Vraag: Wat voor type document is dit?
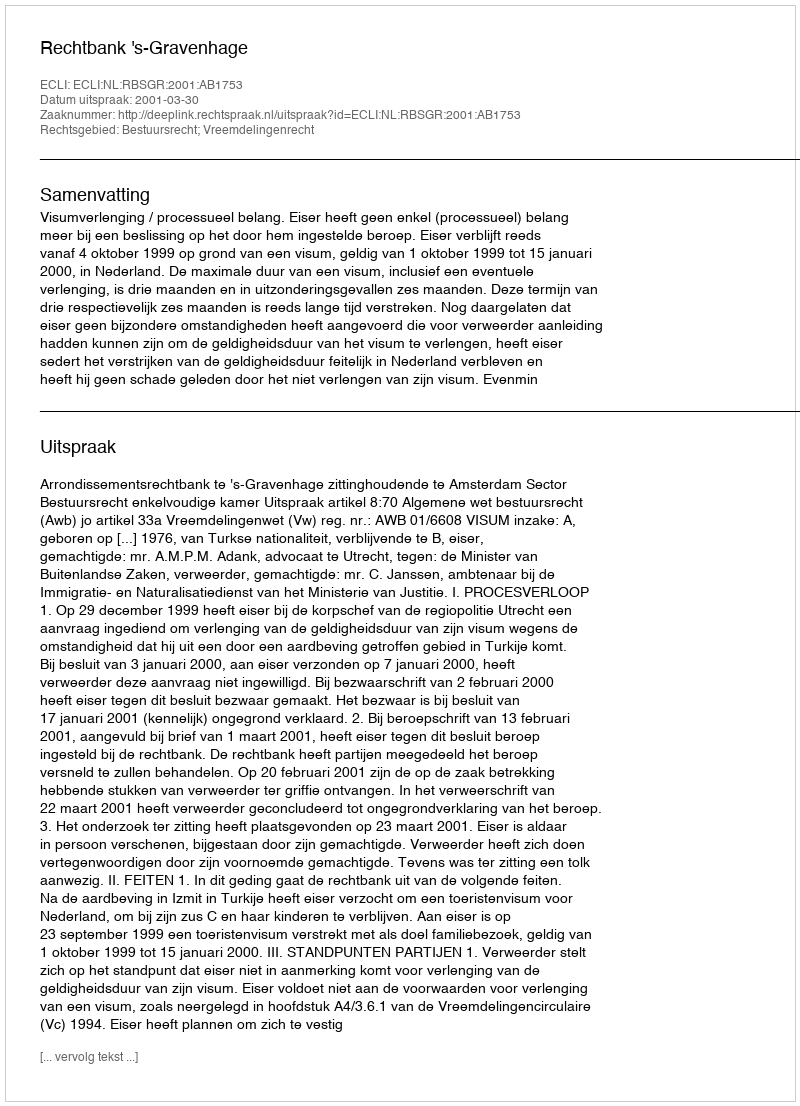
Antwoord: Uitspraak